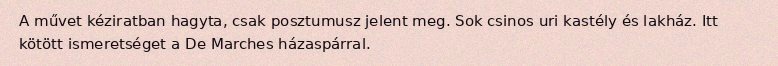
A művet kéziratban hagyta, csak posztumusz jelent meg. Sok csinos uri kastély és lakház. Itt kötött ismeretséget a De Marches házaspárral.